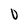
Character: 0